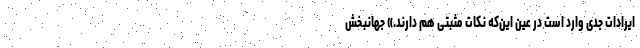
ایرادات جدی وارد است در عین این‌که نکات مثبتی هم دارند.» جهانبخش